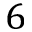
6